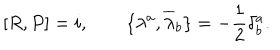
\lbrack R , P \rbrack = i , \qquad \lbrace \lambda ^ { a } , { \overline { { { \lambda } } } } _ { b } \rbrace = - \frac { 1 } { 2 } \delta _ { b } ^ { a } .